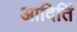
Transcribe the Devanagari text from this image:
आदितिं